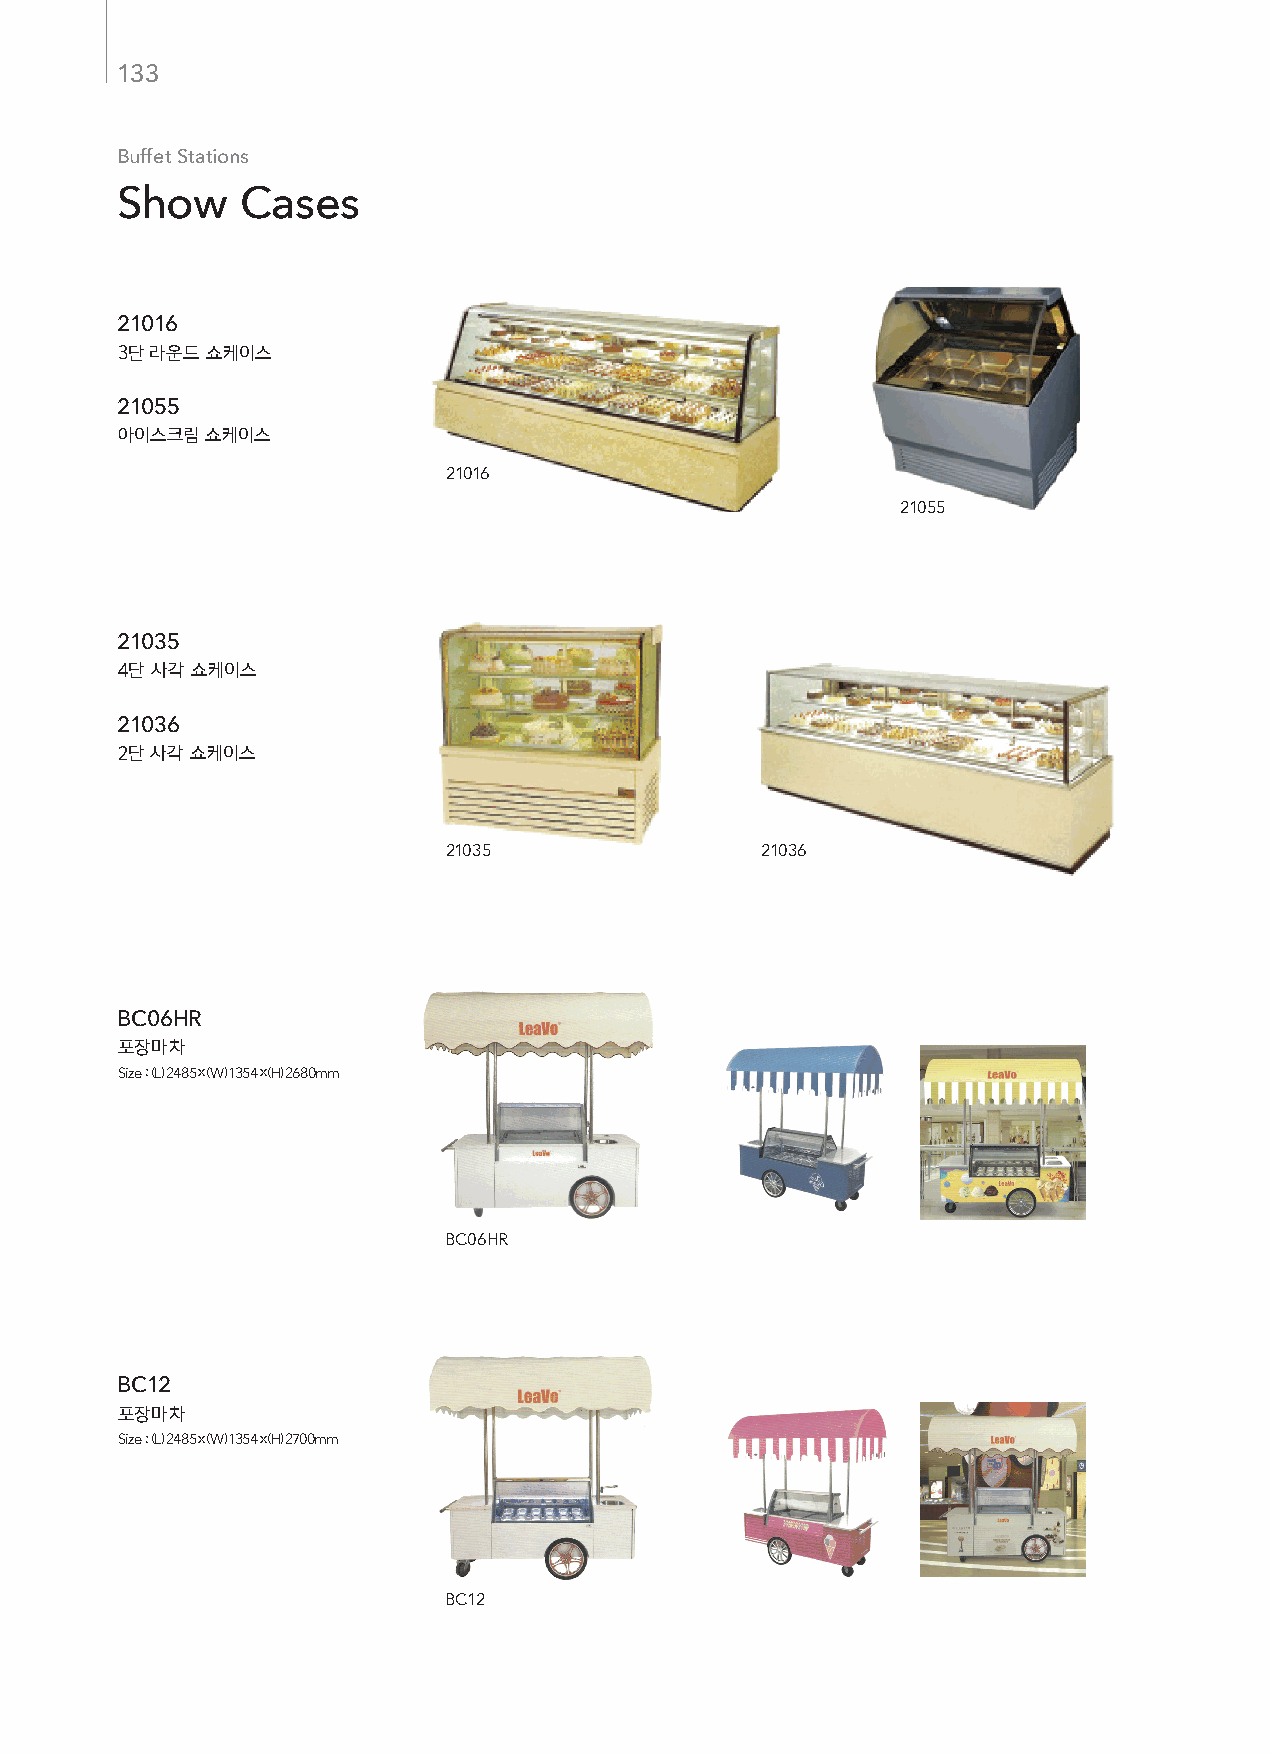
133
 Buffet Stations
 Show    Cases
 21016 (실버)
 3단 라운드 쇼케이스
 Size : (L) 800 x (W) 1300 x (H) 870mm
 21055 (실버)
 아이스크림 쇼케이스
 Size : (L) 800 x (W) 1300 x (H) 870mm
 21016
 21055
 21035 (실버)
 4단 사각 쇼케이스
 Size : (L) 800 x (W) 1300 x (H) 870mm
 21036 (실버)
 2단 사각 쇼케이스
 Size : (L) 800 x (W) 1300 x (H) 870mm
 21035                21036
 BC06HR(실버)
 포장마차
 Size : (L) 2485 x (W) 1354 x (H) 2680mm
 BC06HR
 BC12  (실버)
 포장마차
 Size : (L) 2485 x (W) 1354 x (H) 2700mm
 BC12